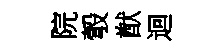
院彀猷迴